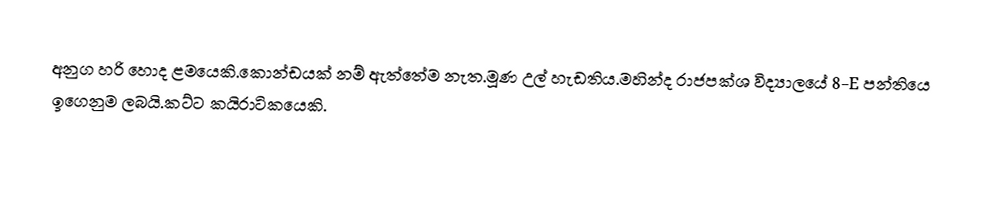
අනුග හරි හොද ළමයෙකි.කොන්ඩයක් නම් ඇත්තේම නැත.මූණ උල් හැඩතිය.මහින්ද රාජපක්ශ විද්‍යාලයේ 8-E පන්තියෙ ඉගෙනුම ලබයි.කට්ට කයිරාටිකයෙකි.